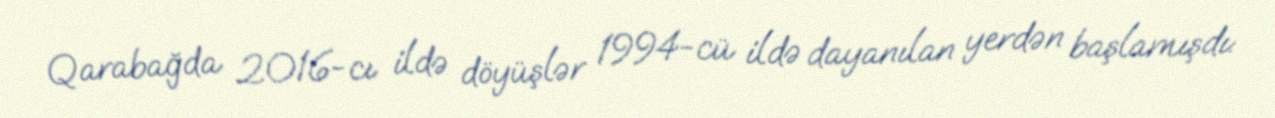
Qarabağda 2016-cı ildə döyüşlər 1994-cü ildə dayanılan yerdən başlamışdı: